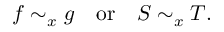
f \sim _ { x } g \quad { \mathrm { o r } } \quad S \sim _ { x } T .